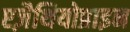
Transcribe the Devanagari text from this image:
एज़ैथियोप्राइन